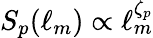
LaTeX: S_{p}(\ell_{m})\propto\ell_{m}^{\zeta_{p}}